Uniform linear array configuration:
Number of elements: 4
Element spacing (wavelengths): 0.25
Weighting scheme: hann
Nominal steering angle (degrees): -45
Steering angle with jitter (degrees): -43.946
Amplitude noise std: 0.05
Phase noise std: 0.05

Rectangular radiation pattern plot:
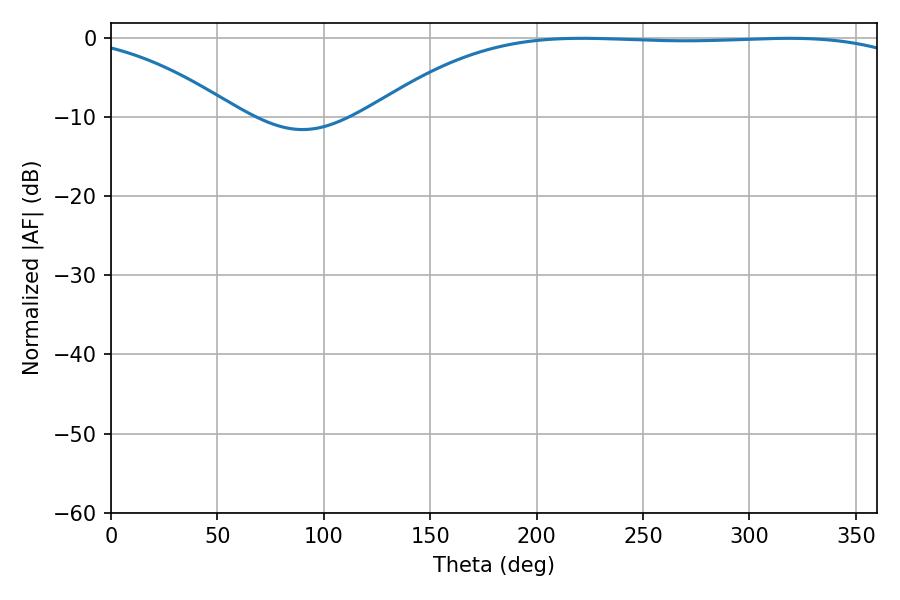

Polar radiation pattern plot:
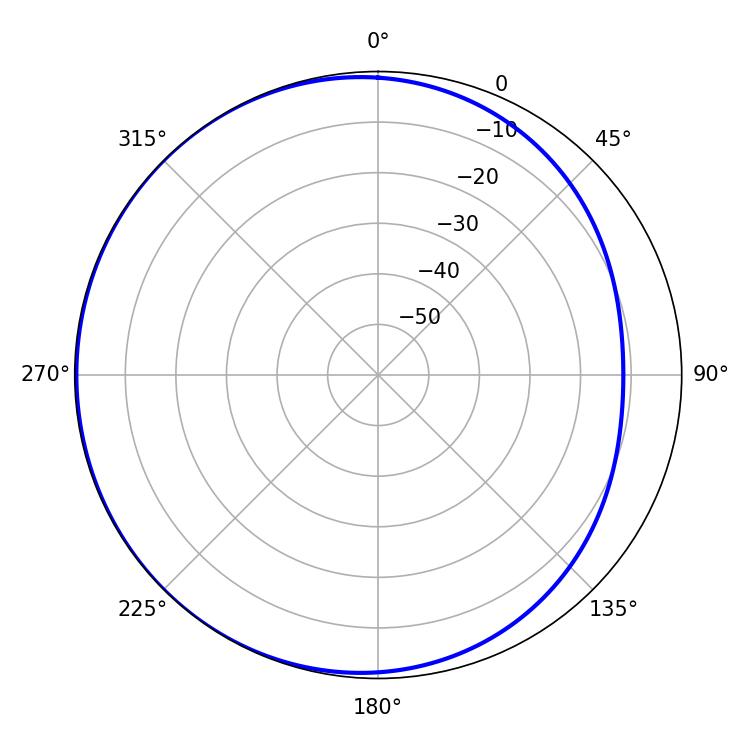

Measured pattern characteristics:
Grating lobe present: FALSE
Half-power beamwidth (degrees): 199.8
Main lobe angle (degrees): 221.22